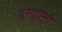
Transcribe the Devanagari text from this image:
बूरगुएसा